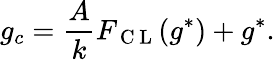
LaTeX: g_{c}=\frac{A}{k}F_{\mathrm{~C~L~}}(g^{*})+g^{*}.